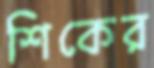
শিকের